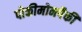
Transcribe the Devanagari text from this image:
पोकीमोनपैकी